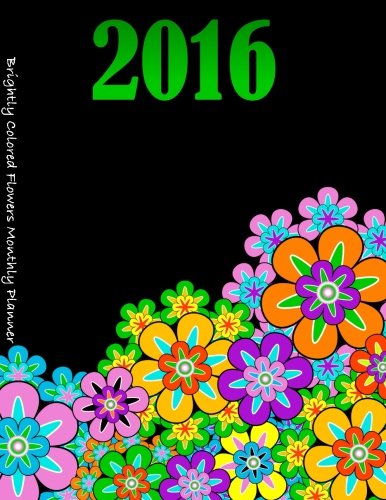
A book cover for Brightly Colored Flowers Monthly Planner; Laura's Cute Planners; Business & Money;